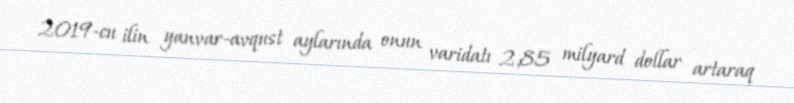
2019-cu ilin yanvar-avqust aylarında onun varidatı 2,85 milyard dollar artaraq